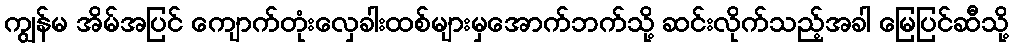
ကျွန်မ အိမ်အပြင် ကျောက်တုံးလှေခါးထစ်များမှအောက်ဘက်သို့ ဆင်းလိုက်သည့်အခါ မြေပြင်ဆီသို့